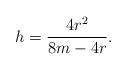
LaTeX: \begin{align*}h=\frac{4r^2}{8m-4r}.\end{align*}